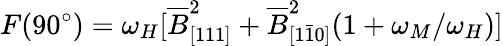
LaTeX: F(90^{\circ})=\omega_{H}[\overline{{B}}_{[111]}^{2}+\overline{{B}}_{[1\bar{1}0]}^{2}(1+\omega_{M}/\omega_{H})]